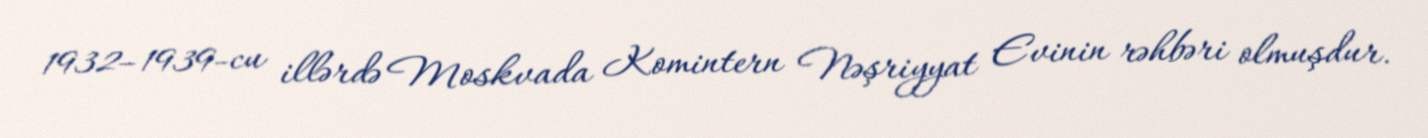
1932–1939-cu illərdə Moskvada Komintern Nəşriyyat Evinin rəhbəri olmuşdur.